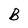
Character: B